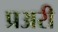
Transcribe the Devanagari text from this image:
प्रअरी